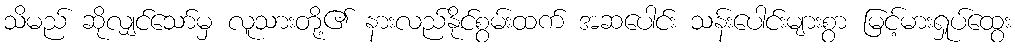
သိမည် ဆိုလျှင်သော်မှ လူသားတို့၏ နားလည်နိုင်စွမ်းထက် အဆပေါင်း သန်းပေါင်းများစွာ မြင့်မားရှုပ်ထွေး